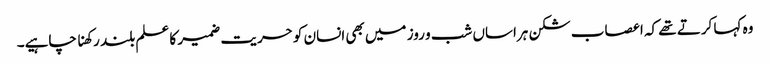
وہ کہا کرتے تھے کہ اعصاب شکن ہراساں شب و روز میں بھی انسان کو حریت ضمیر کا علم بلند رکھنا چاہیے۔